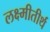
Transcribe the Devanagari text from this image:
लक्ष्मीतीर्थ